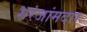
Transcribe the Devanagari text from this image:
सरंजांमदार